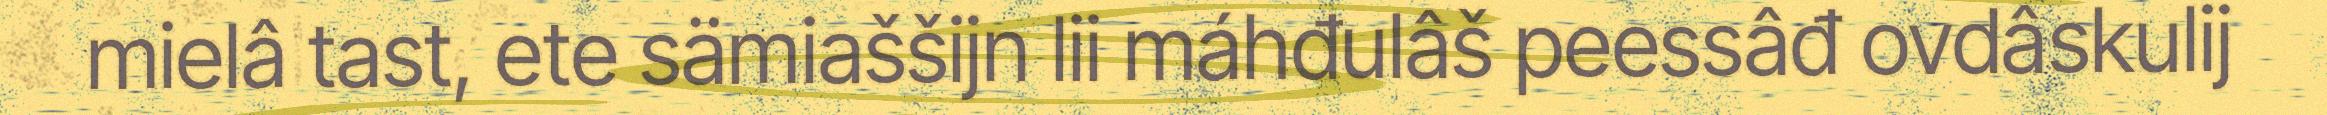
mielâ tast, ete sämiaššijn lii máhđulâš peessâđ ovdâskulij